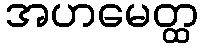
အဟမေတ္ထ